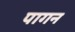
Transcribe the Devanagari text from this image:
पागन